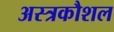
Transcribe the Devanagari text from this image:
अस्त्रकौशल